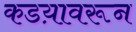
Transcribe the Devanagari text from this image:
कडय़ावरून